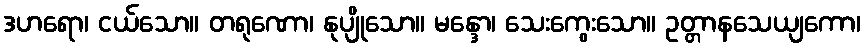
ဒဟရော၊ ငယ်သော။ တရုဏော၊ နုပျိုသော။ မန္ဒော၊ သေးကွေးသော။ ဥတ္တာနသေယျကော၊